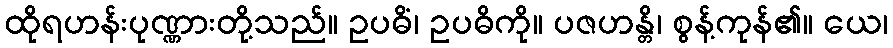
ထိုရဟန်းပုဏ္ဏားတို့သည်။ ဥပဓိံ၊ ဥပဓိကို။ ပဇဟန္တိ၊ စွန့်ကုန်၏။ ယေ၊